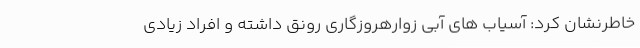
خاطرنشان کرد: آسیاب های آبی زوارهروزگاری رونق داشته و افراد زیادی